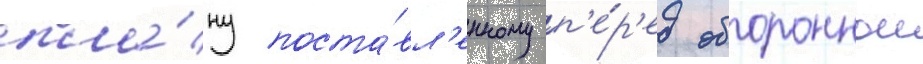
пла́ну поста́вл'енному п'е́р'ед обороннои